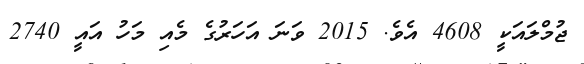
ޖުމްލައަކީ 4608 އެވެ. 2015 ވަނަ އަހަރުގެ މެއި މަހު އައީ 2740